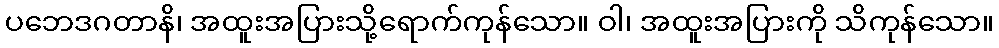
ပဘေဒဂတာနိ၊ အထူးအပြားသို့ရောက်ကုန်သော။ ဝါ၊ အထူးအပြားကို သိကုန်သော။